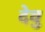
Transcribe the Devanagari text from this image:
देवु